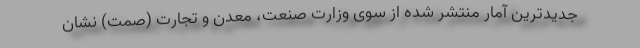
جدیدترین آمار منتشر شده از سوی وزارت صنعت، معدن و تجارت (صمت) نشان